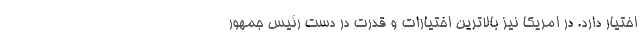
اختیار دارد. در امریکا نیز بالاترین اختیارات و قدرت در دست رئیس جمهور